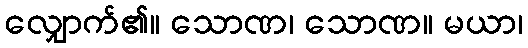
လျှောက်၏။ သောဏ၊ သောဏ။ မယာ၊